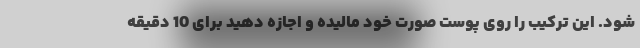
شود. این ترکیب را روی پوست صورت خود مالیده و اجازه دهید برای 10 دقیقه